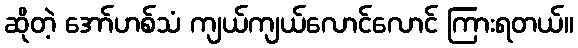
ဆိုတဲ့ အော်ဟစ်သံ ကျယ်ကျယ်လောင်လောင် ကြားရတယ်။